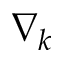
\nabla _ { k }